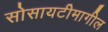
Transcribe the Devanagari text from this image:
सोसायटीमागील